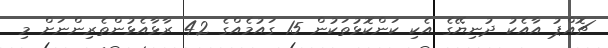
ޗޮއްޕު އާއެކު ދުނިޔޭގެ އެކި ކަންކޮޅުތަކުން 15 ގައުމެއްގެ 42 ރާޅާއެޅުންތެރިންނަށް މި